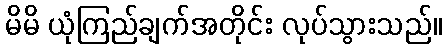
မိမိ ယုံကြည်ချက်အတိုင်း လုပ်သွားသည်။